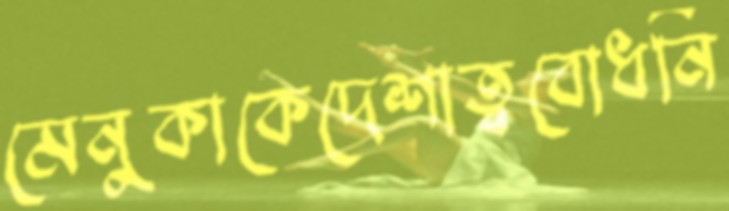
মেনুকাকেদেশাত্ববোধনি